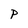
Character: P